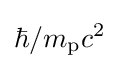
{\hbar }/{m_{\text{p}}c^{2}}